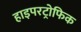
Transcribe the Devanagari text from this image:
हाइपरट्रोफिक